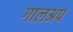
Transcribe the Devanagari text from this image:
गालअप